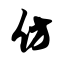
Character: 仿